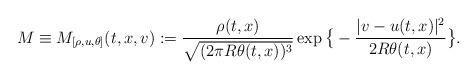
LaTeX: \begin{align*}M\equiv M_{[\rho,u,\theta]}(t,x,v):=\frac{\rho(t,x)}{\sqrt{(2\pi R\theta(t,x))^{3}}}\exp\big\{-\frac{|v-u(t,x)|^{2}}{2R\theta(t,x)}\big\}.\end{align*}